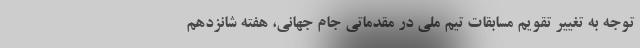
توجه به تغییر تقویم مسابقات تیم ملی در مقدماتی جام جهانی، هفته شانزدهم